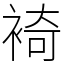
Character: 裿